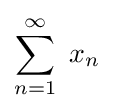
\sum _{n=1}^{\infty }~x_{n}